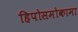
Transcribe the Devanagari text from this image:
हिपोसमोकामा